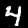
Digit: 4